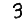
Digit: 3